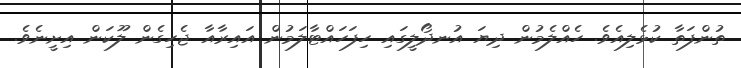
ތުންފަތާ ކުޅެލިއެވެ. ހެއްލެމުން ދިޔަ އުނދޯލީގައި ހިފަހައްޓާލަމުން އައިރާއާ ޖެހިގެން ލޫކަން އިށީނެވެ.